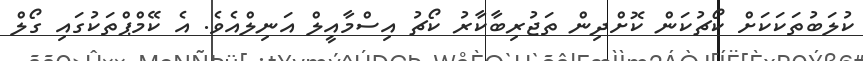
ކުލަބުތަކަކަށް ކޯޗުކަން ކޮށްދިން ތަޖުރިބާކާރު ކޯޗު އިސްމާއީލް އަނިލްއެވެ. އެ ކޭމްޕްތަކުގައި ގޯލް